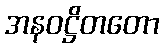
အနဝဋ္ဌိတတော